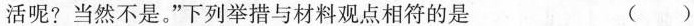
活呢?当然不是。”下列举措与材料观点相符的是 ()